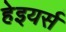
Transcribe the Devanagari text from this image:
हेइयर्स